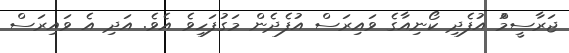
ޖަރާސީމްު އުފެދި ކޯނިއާގެ ވައިރަސް އުފެދެން މަގުފަހިވެ އެވެ. އަދި އެ ވައިރަސް